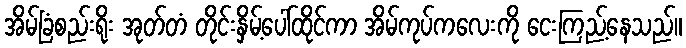
အိမ်ခြံစည်းရိုး အုတ်တံ တိုင်းနှိမ့်ပေါ်ထိုင်ကာ အိမ်ကုပ်ကလေးကို ငေးကြည့်နေသည်။